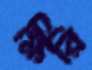
ক্ষিরি